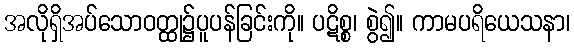
အလိုရှိအပ်သောဝတ္ထု၌ပူပန်ခြင်းကို။ ပဋိစ္စ၊ စွဲ၍။ ကာမပရိယေသနာ၊